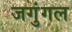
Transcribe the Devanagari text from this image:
जगुंगल